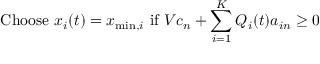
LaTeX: { \mathrm { C h o o s e ~ } } x _ { i } ( t ) = x _ { \operatorname* { m i n } , i } { \mathrm { ~ i f ~ } } V c _ { n } + \sum _ { i = 1 } ^ { K } Q _ { i } ( t ) a _ { i n } \geq 0